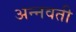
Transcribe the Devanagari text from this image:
अन्नवती